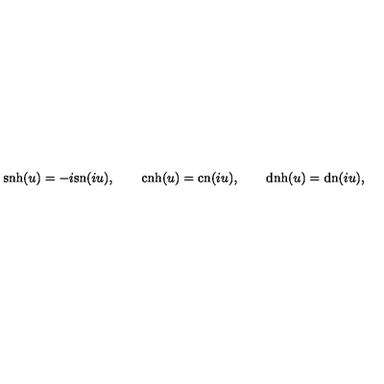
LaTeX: \mathrm { s n h } ( u ) = - i \mathrm { s n } ( i u ) , \qquad \mathrm { c n h } ( u ) = \mathrm { c n } ( i u ) , \qquad \mathrm { d n h } ( u ) = \mathrm { d n } ( i u ) ,